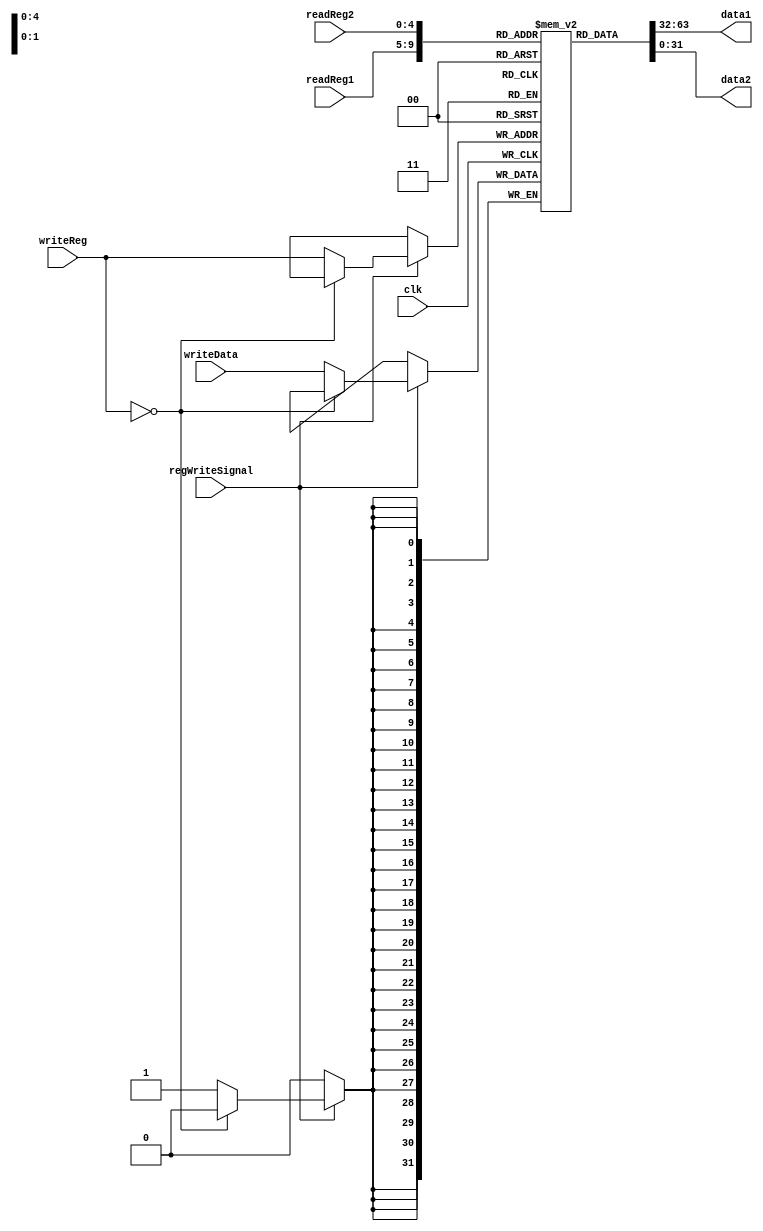
`timescale 1ns / 1ps
//////////////////////////////////////////////////////////////////////////////////
// Company: 
// Engineer: 
// 
// Design Name: 
// Module Name:    RegisterFile 
// Project Name: 
// Target Devices: 
// Tool versions: 
// Description: 
//
// Dependencies: 
//
// Revision: 
// Revision 0.01 - File Created
// Additional Comments: 
//
//////////////////////////////////////////////////////////////////////////////////
module RegisterFile(input clk , input regWriteSignal , input [4:0] readReg1 , input [4:0] readReg2 , input [4:0] writeReg , input [31:0] writeData, output [31:0] data1 , output [31:0] data2);
	
	reg [31:0] regFile[31:0];
//------------------------------------------------------------------------------------------------------------------------------------------
	assign data1 = regFile[readReg1];
	assign data2 = regFile[readReg2];
//------------------------------------------------------------------------------------------------------------------------------------------
	initial regFile[0] = 0;	// Register file equals to zero register
//------------------------------------------------------------------------------------------------------------------------------------------
	integer i;
	initial begin 
		for (i=1 ; i<32 ; i=i+1)
			regFile[i] = i;
		end
	//------------------------------------------------------------------------------------------------------------------------------------------
	always @(posedge clk) begin
	
		if (regWriteSignal == 1) begin
		//------------------------------------------------------------------------------------------------------------------------------------------
			if (writeReg == 0) begin
				$display("%h", regFile[writeReg]);
				$display("ZeroRegiser can not be changed");
				$display("%h", regFile[writeReg]);
			end
			//------------------------------------------------------------------------------------------------------------------------------------------
			else begin
				$display("%h", regFile[writeReg]);
				regFile[writeReg] = writeData;
				$display("%h", regFile[writeReg]);
				$display("Process finished successfully");
			end
			//------------------------------------------------------------------------------------------------------------------------------------------
		end
		//------------------------------------------------------------------------------------------------------------------------------------------
		else begin
			$display("%h", regFile[writeReg]);
			$display("Permission Denied");
			$display("%h", regFile[writeReg]);
		end
		//------------------------------------------------------------------------------------------------------------------------------------------
	end
//------------------------------------------------------------------------------------------------------------------------------------------
endmodule